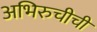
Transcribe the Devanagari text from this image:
अभिरुचीची